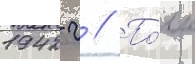
1942 г // По́лк